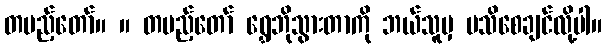
တပည့်တော်။ ။ တပည့်တော် ရွှေဘိုသွားတာကို ဘယ်သူမှ မသိစေချင်လို့ပါ။